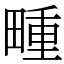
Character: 畽